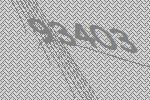
93403